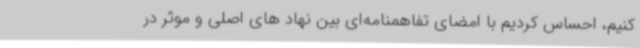
کنیم، احساس کردیم با امضای تفاهمنامه‌ای بین نهاد های اصلی و موثر در